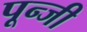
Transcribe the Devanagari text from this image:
पून्जी